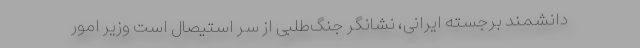
دانشمند برجسته ایرانی، نشانگر جنگ‌طلبی از سر استیصال است وزیر امور